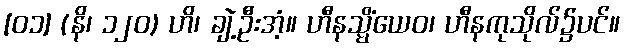
[၀၁] (နိ၊ ၁၂၀) ဟိ၊ ချဲ့ဦးအံ့။ ဟီနသ္မိံယေဝ၊ ဟီနကုသိုလ်၌ပင်။